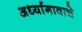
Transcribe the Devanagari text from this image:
अर्ध्यागावाचे